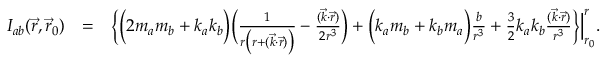
\begin{array} { r l r } { { \cal I } _ { a b } ( \vec { r } , \vec { r } _ { 0 } ) } & { = } & { \Big \{ \Big ( 2 m _ { a } m _ { b } + k _ { a } k _ { b } \Big ) \Big ( \frac { 1 } { r \big ( r + ( { \vec { k } } \cdot { \vec { r } } ) \big ) } - \frac { ( { \vec { k } } \cdot { \vec { r } } ) } { 2 r ^ { 3 } } \Big ) + \Big ( k _ { a } m _ { b } + k _ { b } m _ { a } \Big ) \frac { b } { r ^ { 3 } } + { \textstyle \frac { 3 } { 2 } } k _ { a } k _ { b } \frac { ( { \vec { k } } \cdot { \vec { r } } ) } { r ^ { 3 } } \Big \} \Big | _ { r _ { 0 } } ^ { r } . } \end{array}